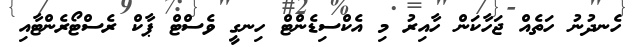
ހެނދުނު ހަތެއް ޖަހާކަން ހާއިރު މި އެކްސިޑެންޓް ހިނގީ ވެސްޓް ޕާކް ރެސްޓޯރެންޓާއި